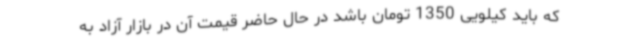
که باید کیلویی 1350 تومان باشد در حال حاضر قیمت آن در بازار آزاد به